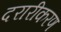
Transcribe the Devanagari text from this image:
दरारीकरण